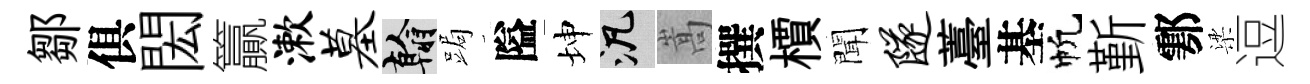
鄒俱閎籯漱墓翰跼隘坤泛嵩撰檟聞隧薹基帆斳鄠梁逗